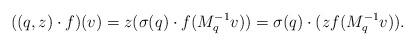
LaTeX: \begin{align*}((q,z)\cdot f)(v)=z(\sigma(q)\cdot f(M_{q}^{-1}v))= \sigma(q)\cdot (zf(M_{q}^{-1}v)).\end{align*}